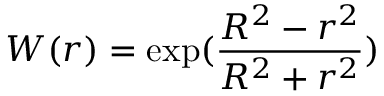
W ( r ) = \exp ( \frac { R ^ { 2 } - r ^ { 2 } } { R ^ { 2 } + r ^ { 2 } } )